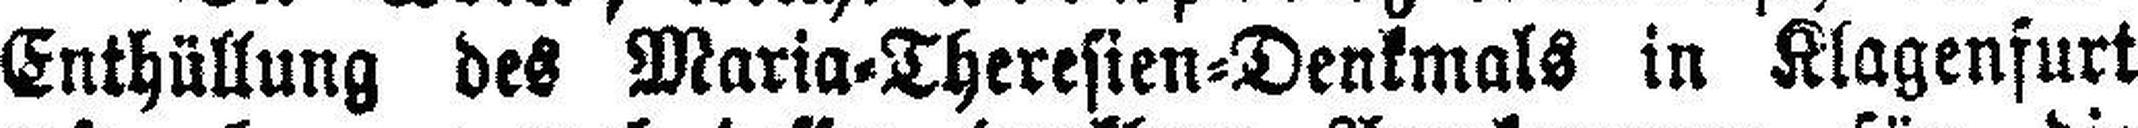
Enthüllung des Maria=Theresien=Denkmals in Klagenfurt